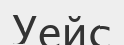
Уейс